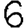
Digit: 6